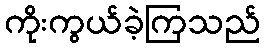
ကိုးကွယ်ခဲ့ကြသည်